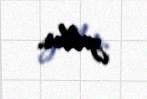
yoldur.